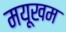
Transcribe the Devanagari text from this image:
मयूखम